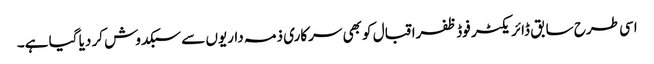
اسی طرح سابق ڈائریکٹر فوڈ ظفراقبال کو بھی سرکاری ذمہ داریوں سے سبکدوش کر دیا گیا ہے۔